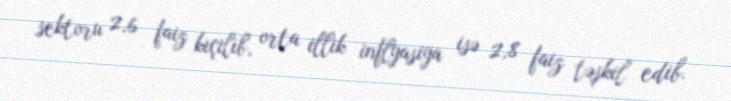
sektoru 2,6 faiz kiçilib, orta illik inflyasiya isə 2,8 faiz təşkil edib.